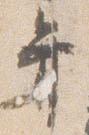
弁